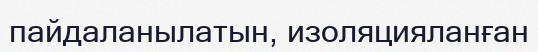
пайдаланылатын, изоляцияланған